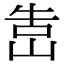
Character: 𡷥